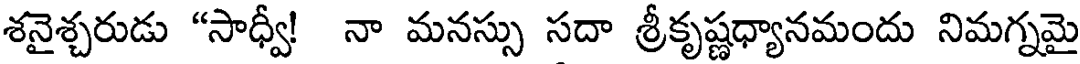
శనైశ్చరుడు "సాధ్వీ! నా మనస్సు సదా శ్రీకృష్ణధ్యానమందు నిమగ్నమై